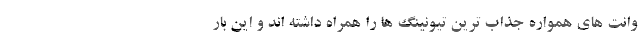
وانت های همواره جذاب ترین تیونینگ ها را همراه داشته اند و این بار